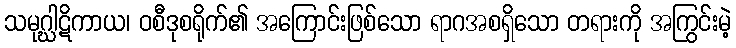
သမုဂ္ဃါဋိကာယ၊ ဝစီဒုစရိုက်၏ အကြောင်းဖြစ်သော ရာဂအစရှိသော တရားကို အကြွင်းမဲ့